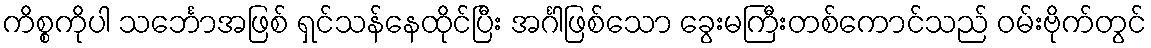
ကိစ္စကိုပါ သင်္ဘောအဖြစ် ရှင်သန်နေထိုင်ပြီး အင်္ဂါဖြစ်သော ခွေးမကြီးတစ်ကောင်သည် ဝမ်းဗိုက်တွင်